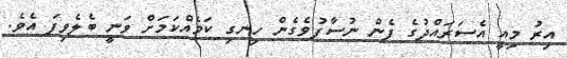
އިރު މިއީ އެސަރައްދުގެ ފެން ނުސާފުވެގެން ހިނގި ކަމެއްކަމަށް ވަނީ ބެލެވިފަ އެވެ.